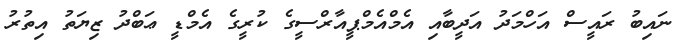
ނައިބު ރައީސް އަހްމަދު އަދީބާއި އެމްއެމްޕީއާރްސީގެ ކުރީގެ އެމްޑީ ޢަބްދު ޒިޔަތު އިތުރު